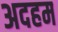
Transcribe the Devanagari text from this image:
अदहम